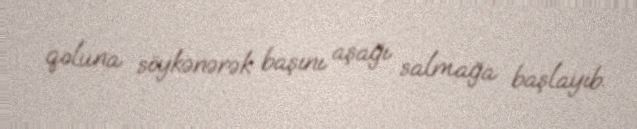
qoluna söykənərək başını aşağı salmağa başlayıb.